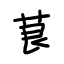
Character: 茛